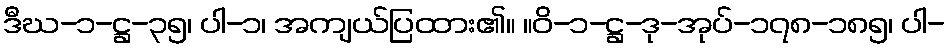
ဒီဃ-၁-ဋ္ဌ-၃၅၊ ပါ-၁၊ အကျယ်ပြထား၏။ ။ဝိ-၁-ဋ္ဌ-ဒု-အုပ်-၁၇၈-၁၈၅၊ ပါ-